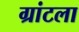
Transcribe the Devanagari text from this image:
ग्रांटला